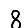
Digit: 8